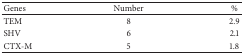
<table><thead><tr><td><b>Genes</b></td><td><b>Number </b></td><td><b>%</b></td></tr></thead><tbody><tr><td>TEM</td><td>8</td><td>2.9</td></tr><tr><td>SHV</td><td>6</td><td>2.1</td></tr><tr><td>CTX-M</td><td>5</td><td>1.8</td></tr></tbody></table>